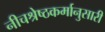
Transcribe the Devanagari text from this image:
नीचश्रेष्ठकर्मानुसारी